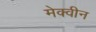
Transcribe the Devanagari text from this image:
मेक्वीन